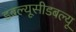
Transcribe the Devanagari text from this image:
डबल्यूसीडबल्यू